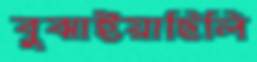
বুঝাইয়াছিলি